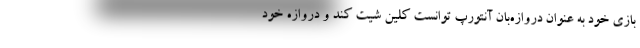
بازی خود به عنوان دروازه‌بان آنتورپ توانست کلین شیت کند و دروازه خود